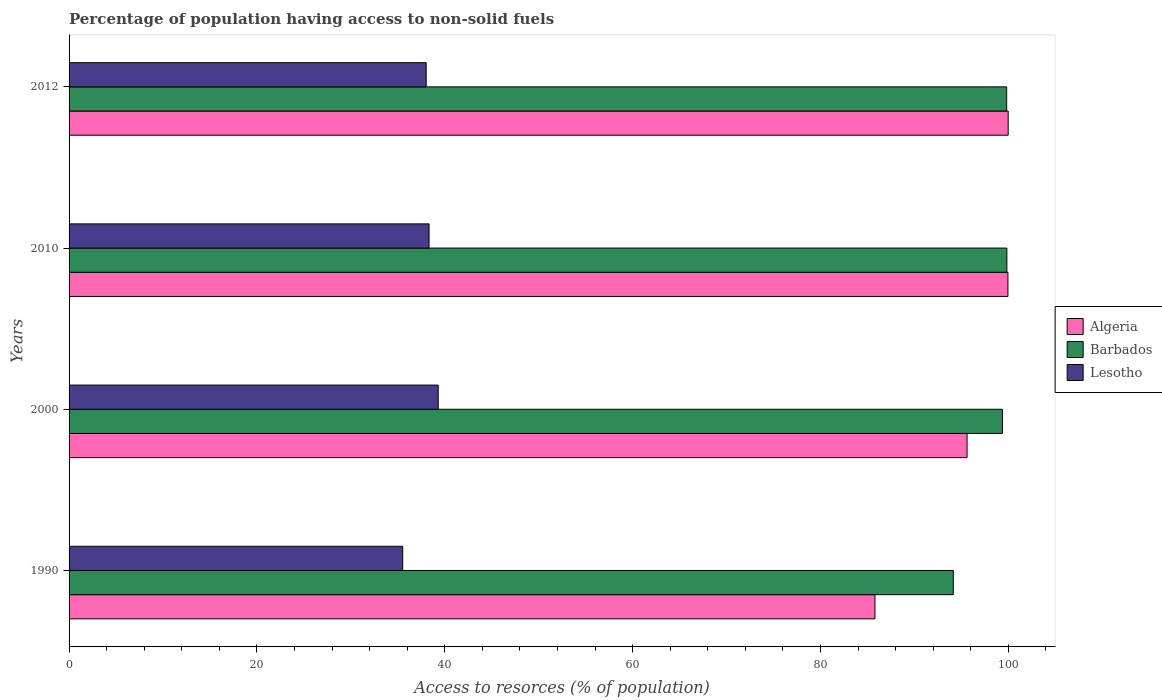
| Years | Algeria | Barbados | Lesotho |
 | --- | --- | --- | --- |
 | 1990 | 85.8 | 94.1 | 35.5 |
 | 2000 | 95.6 | 99.4 | 39.3 |
 | 2010 | 100 | 99.8 | 38.3 |
 | 2012 | 100 | 99.8 | 38 |